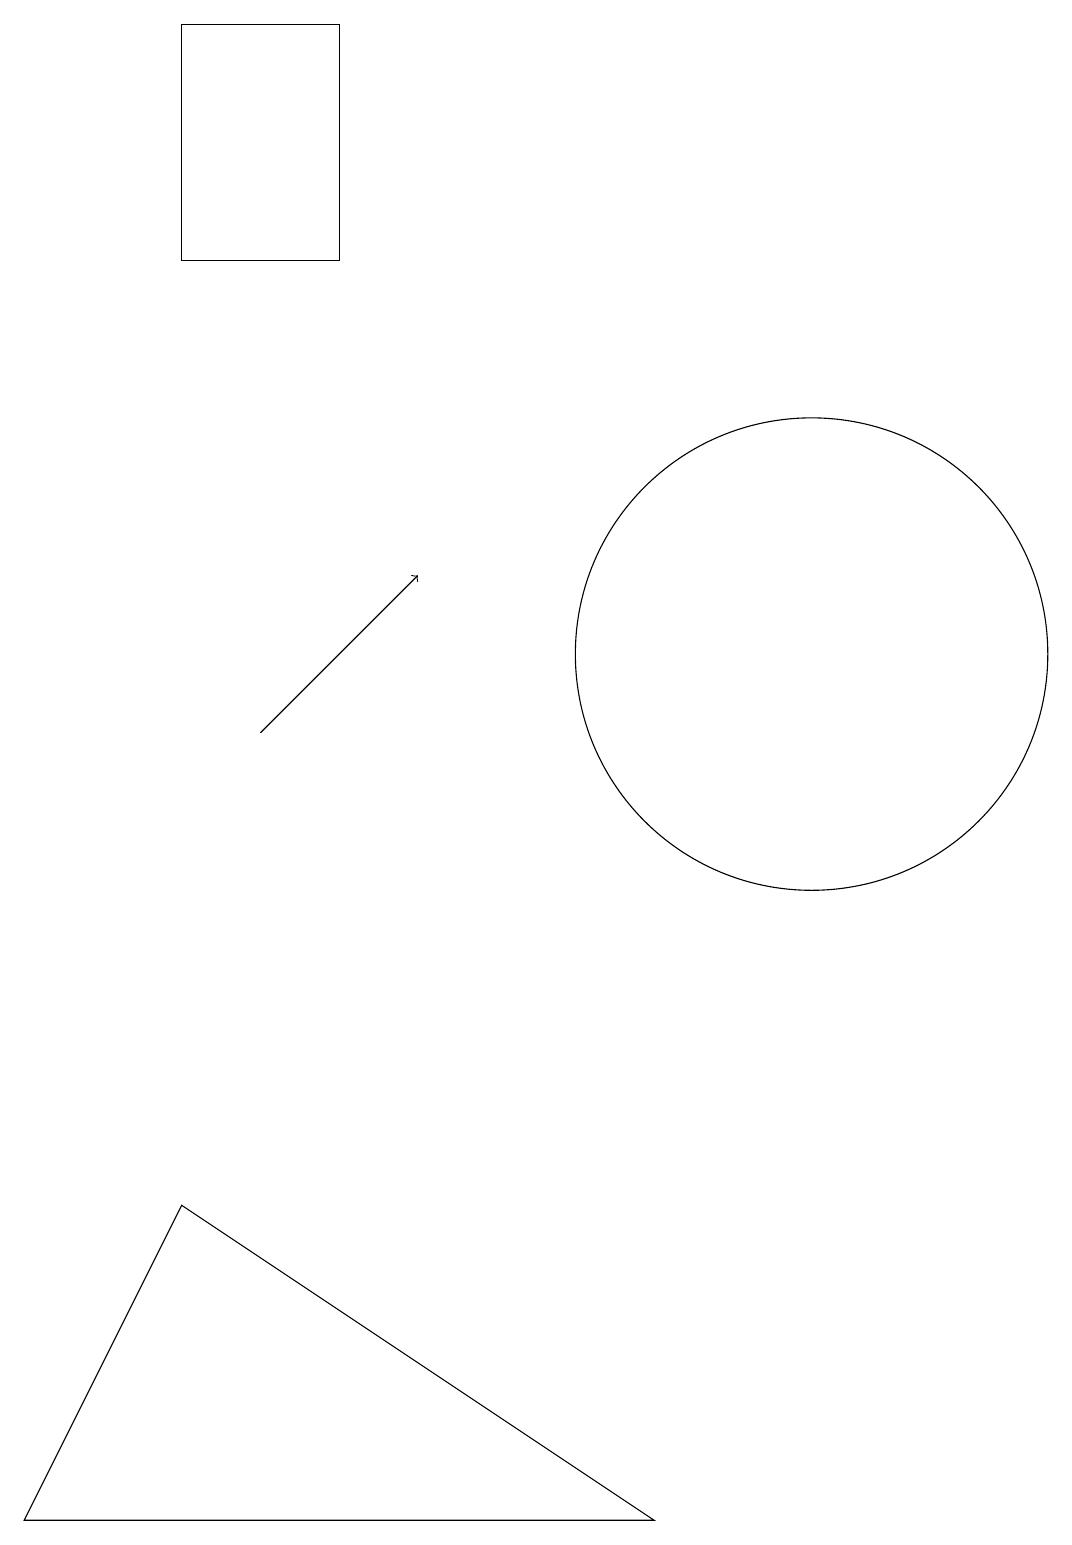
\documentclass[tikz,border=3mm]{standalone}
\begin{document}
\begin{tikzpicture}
\draw (5,16) rectangle (3,19);
\draw (11,11) circle (3);
\draw[->] (4,10) -- (6,12);
\draw (1,0) -- (9,0) -- (3,4) -- cycle;
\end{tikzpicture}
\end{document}